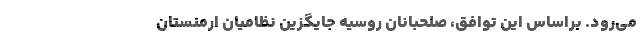
می‌رود. براساس این توافق، صلحبانان روسیه جایگزین نظامیان ارمنستان